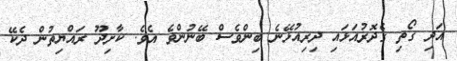
އަދި ގޯތި ގެދޮރުއަޅައި ދިިރިއުޅޭނެ ބިންވެސް ބޭނުންވެ އެވެ. ކާށިދޫ ރައްޔިތުން ދެކޭ